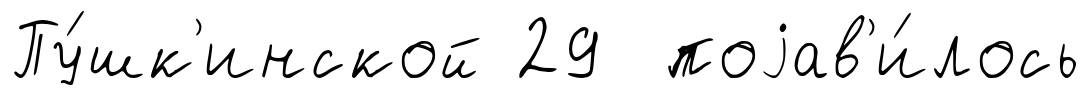
Пу́шк'инской 29 поjав'и́лось